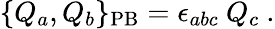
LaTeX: \{ Q_{a},Q_{b}\} _{\mathrm{PB}}=\epsilon_{abc}\ Q_{c}\ .